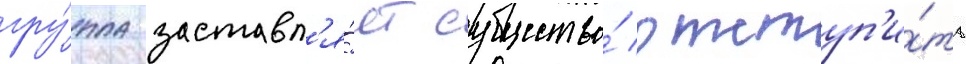
гру́ппа заставл'я́ет существо́ отступ'и́ть